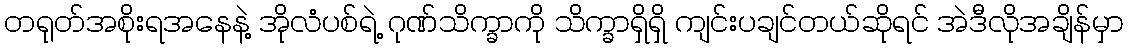
တရုတ်အစိုးရအနေနဲ့ အိုလံပစ်ရဲ့ ဂုဏ်သိက္ခာကို သိက္ခာရှိရှိ ကျင်းပချင်တယ်ဆိုရင် အဲဒီလိုအချိန်မှာ